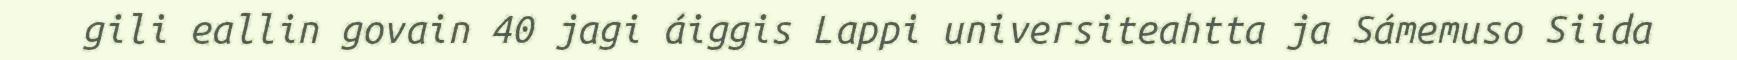
gili eallin govain 40 jagi áiggis Lappi universiteahtta ja Sámemuso Siida